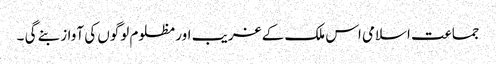
جماعت اسلامی اس ملک کے غریب اور مظلوم لوگوں کی آواز بنے گی ۔